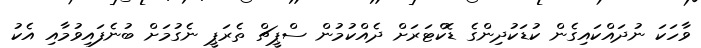
ވާހަކަ ނުދައްކައިގެން ކުޑަކުދިންގެ ޑޮކްޓަރަށް ދެއްކުމުން ސްޕީޗް ތެރަޕީ ނެގުމަށް ބުނެފައިވުމާއި އެކު